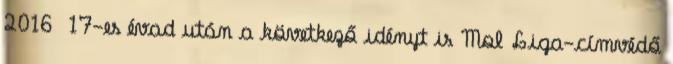
2016 17-es évad után a következő idényt is Mol Liga-címvédő